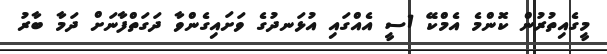
މީގެއިތުރުން ކޮންމެ އެމްކޭ 1ސީ އެއްގައި އުޅަނދުގެ ވަށައިގެންވާ ދަގަތްފާނަށް ދަމާ ބާރު